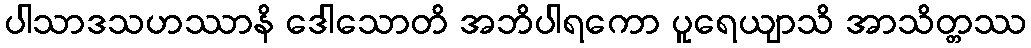
ပါသာဒသဟဿာနိ ဒေါသောတိ အဘိပါရကော ပူရေယျာသိ အာသိတ္တဿ